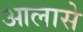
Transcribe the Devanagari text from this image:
आलासे